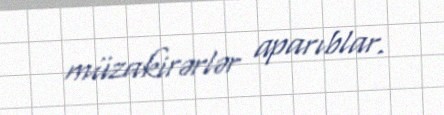
müzakirərlər aparıblar.